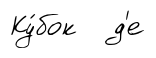
Ку́бок д'е